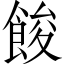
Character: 餕